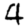
Digit: 4